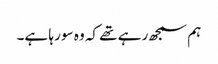
ہم سمجھ رہے تھے کہ وہ سو رہا ہے۔